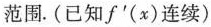
范围.(已知f^{\prime}(x)连续)